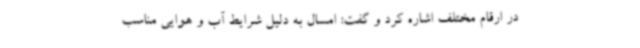
در ارقام مختلف اشاره کرد و گفت: امسال به دلیل شرایط آب و هوایی مناسب